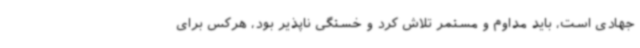
جهادی است، باید مداوم و مستمر تلاش کرد و خستگی ناپذیر بود، هرکس برای